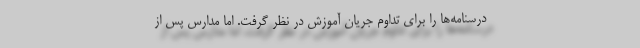
درسنامه‌ها را برای تداوم جریان آموزش در نظر گرفت. اما مدارس پس از